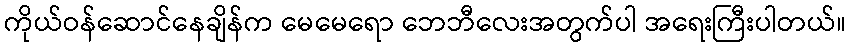
ကိုယ်ဝန်ဆောင်နေချိန်က မေမေရော ဘေဘီလေးအတွက်ပါ အရေးကြီးပါတယ်။